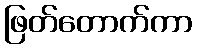
ဖြတ်တောက်ကာ